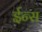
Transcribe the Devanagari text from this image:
ईन्स